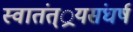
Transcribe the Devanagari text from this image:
स्वातंत््रयसंघर्ष